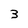
Character: 3